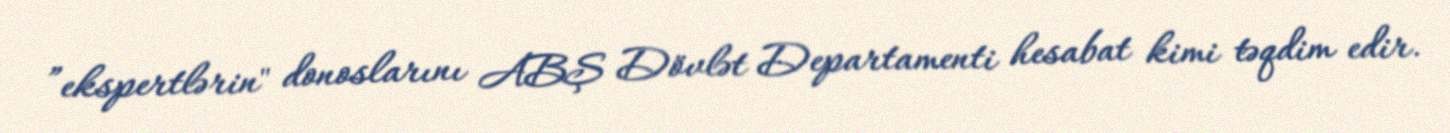
”ekspertlərin" donoslarını ABŞ Dövlət Departamenti hesabat kimi təqdim edir.